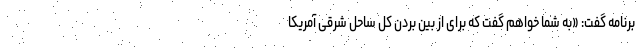
برنامه گفت: «به شما خواهم گفت که برای از بین بردن کل ساحل شرقی آمریکا